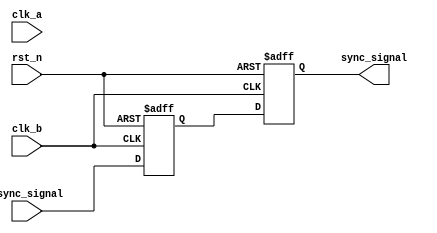
module signal_level_crossing_synchronizer #(
    parameter WIDTH = 1  // Parameter to define width of input signal
)(
    input  wire clk_a,         // Clock for domain A
    input  wire clk_b,         // Clock for domain B
    input  wire rst_n,         // Active low reset
    input  wire [WIDTH-1:0]  async_signal, // Asynchronous input signal from domain A
    output wire [WIDTH-1:0]  sync_signal    // Synchronized output signal in domain B
);

    // Intermediate signals for synchronization
    reg [WIDTH-1:0] sync_ff1;  // First flip-flop output
    reg [WIDTH-1:0] sync_ff2;  // Second flip-flop output

    // Sampling logic in domain B
    always @(posedge clk_b or negedge rst_n) begin
        if (!rst_n) begin
            sync_ff1 <= {WIDTH{1'b0}};  // Reset the first flip-flop
            sync_ff2 <= {WIDTH{1'b0}};  // Reset the second flip-flop
        end else begin
            sync_ff1 <= async_signal;    // Sample asynchronous signal
            sync_ff2 <= sync_ff1;        // Sample output of the first flip-flop
        end
    end

    // Assign the final synchronized output signal
    assign sync_signal = sync_ff2;

endmodule